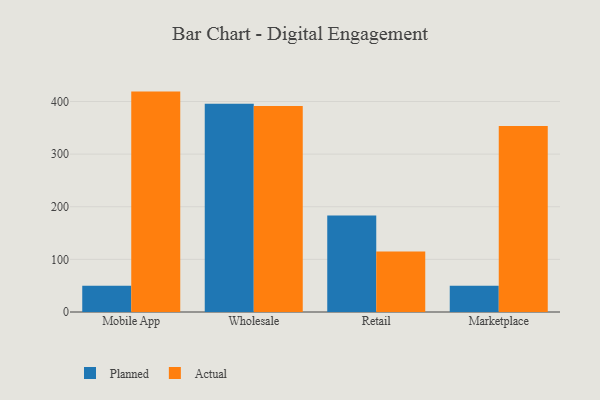
{"axis": {"x": "Channel", "y": "Production Output"}, "legend": ["Actual", "Planned"], "data": [{"x": "Mobile App", "y": 49.8, "type": "Planned"}, {"x": "Mobile App", "y": 418.8, "type": "Actual"}, {"x": "Wholesale", "y": 395.5, "type": "Planned"}, {"x": "Wholesale", "y": 391.2, "type": "Actual"}, {"x": "Retail", "y": 183.6, "type": "Planned"}, {"x": "Retail", "y": 114.9, "type": "Actual"}, {"x": "Marketplace", "y": 49.8, "type": "Planned"}, {"x": "Marketplace", "y": 353.3, "type": "Actual"}]}